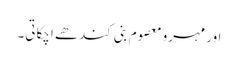
اور مہرو معصوم بنی کندھے اچکاتی۔